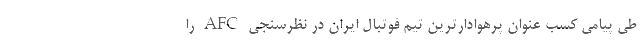
طی پیامی کسب عنوان پرهوادارترین تیم فوتبال ایران در نظرسنجی AFC را